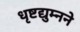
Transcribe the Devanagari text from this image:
धृष्टद्युम्नने